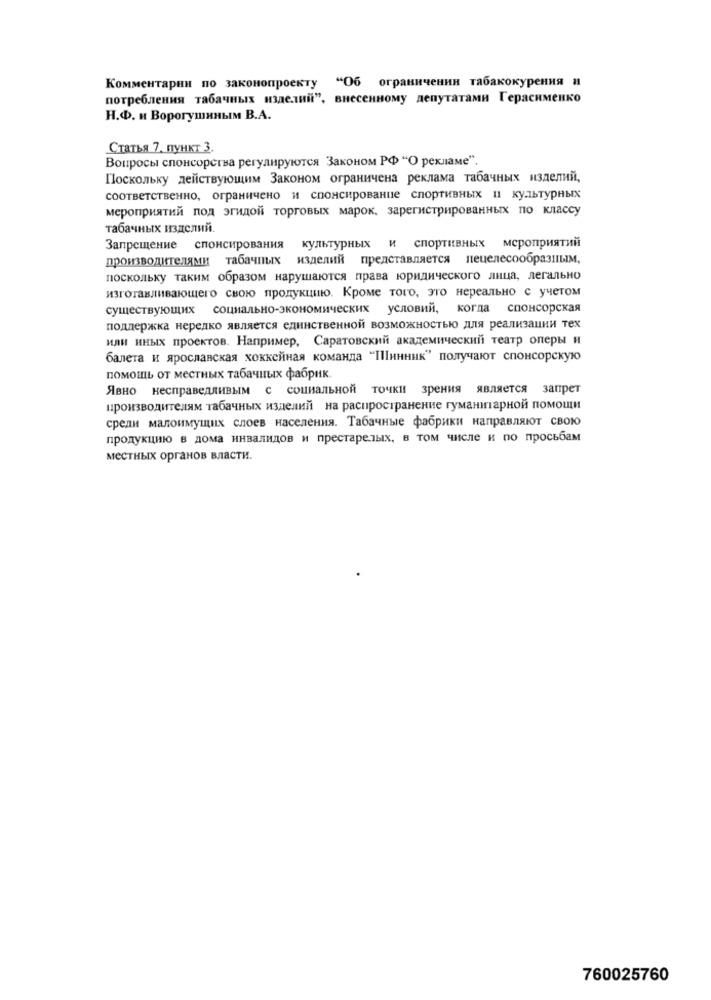
Комментарии по законопроекту "Об ограничении табакокурения и
потребления табачных изделий", внесенному депутатами Герасименко
Н.Ф. и Ворогушиным В.А.
Статья 7, пункт 3.
Вопросы спонсорства регулируются Законом РФ "О рекламе".
Поскольку действующим Законом ограничена реклама табачных изделий,
соответственно, ограничено и спонсирование спортивных и культурных
мероприятий под эгидой торговых марок, зарегистрированных по классу
табачных изделий.
Запрещение спонсирования культурных и спортивных мероприятий
производителями табачных изделий представляется пецелесообразным,
поскольку таким образом нарушаются права юридического лица, легально
изготавливающего свою продукцию. Кроме того, это нереально с учетом
существующих социально-экономических условий, когда спонсорская
поддержка нередко является единственной возможностью для реализации тех
или иных проектов. Например, Саратовский академический театр оперы и
балета и ярославская хоккейная команда "Шинник" получают спонсорскую
помощь от местных табачных фабрик.
Явно несправедливым с социальной точки зрения является запрет
производителям табачных изделий на распространение гуманитарной помощи
среди малоимущих слоев населения. Табачные фабрики направляют свою
продукцию в дома инвалидов и престарелых, в том числе и по просьбам
местных органов власти.
760025760